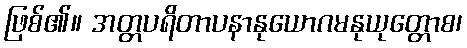
ဖြစ်၏။ အတ္တပရိတာပနာနုယောဂမနုယုတ္တောစ၊